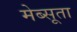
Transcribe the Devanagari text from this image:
मेब्सूता